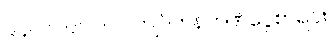
၉၄။ ၁၀၀၀၀၀၀ ကျပ်တန်ဘဏ်ငွေစာရင်း။